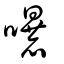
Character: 嚗